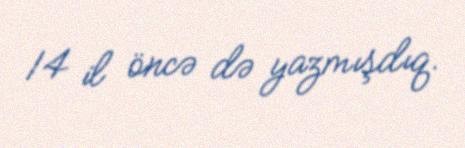
14 il öncə də yazmışdıq.